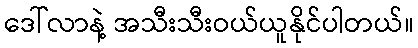
ဒေါ်လာနဲ့ အသီးသီးဝယ်ယူနိုင်ပါတယ်။